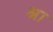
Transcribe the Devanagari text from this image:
श्रा